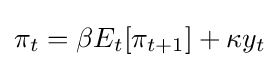
\pi _{t}=\beta E_{t}[\pi _{t+1}]+\kappa y_{t}